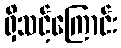
ရှိသင့်ကြောင်း